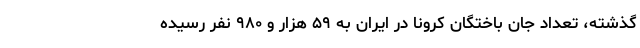
گذشته، تعداد جان باختگان کرونا در ایران به ۵۹ هزار و ۹۸۰ نفر رسیده